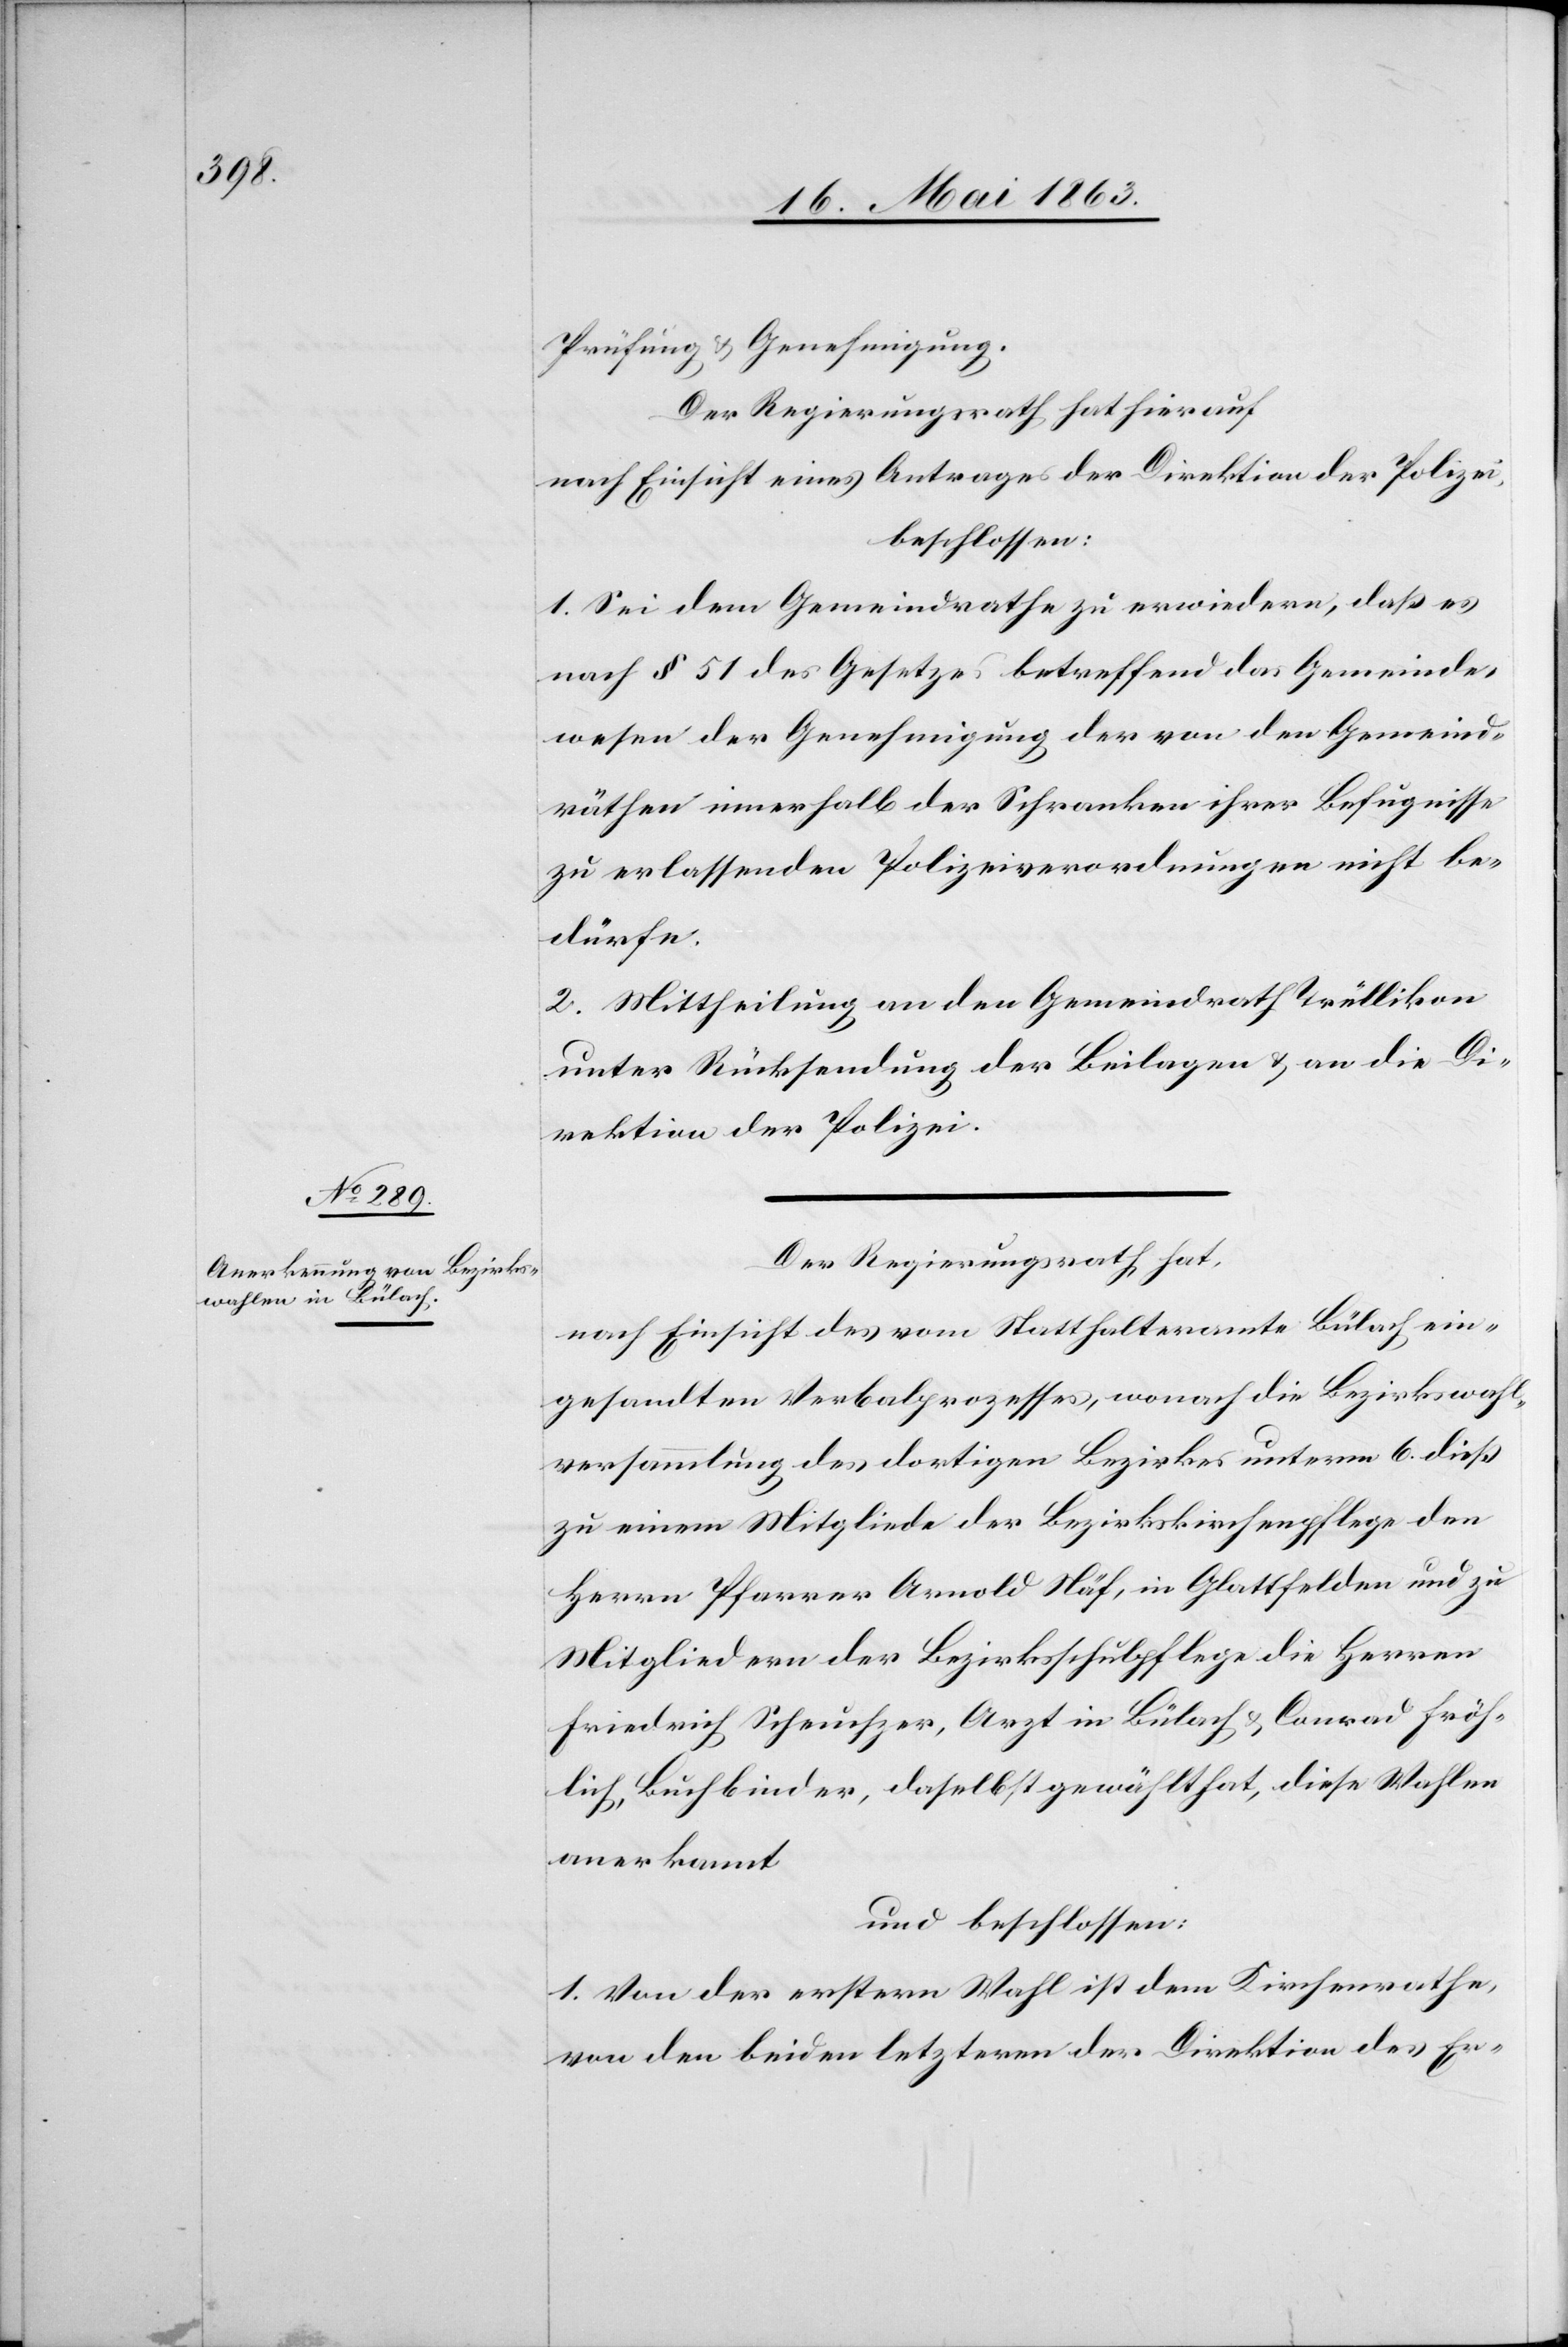
Prüfung & Genehmigung.
Der Regierungsrath hat hierauf
nach Einsicht eines Antrages der Direktion der Polizei,
beschlossen:
1. Sei dem Gemeindrathe zu erwiedern, daß es
nach § 51 des Gesetzes betreffend das Gemeinde¬
wesen der Genehmigung der von den Gemeind¬
räthen innerhalb der Schranken ihrer Befugnisse
zu erlassenden Polizeiverordnungen nicht be¬
dürfe.
2. Mittheilung an den Gemeindrath Trüllikon
unter Rücksendung der Beilagen & an die Di¬
rektion der Polizei.
Der Regierungsrath hat,
nach Einsicht des vom Statthalteramte Bülach ein¬
gesandten Verbalprozesses, wonach die Bezirkswahl¬
versammlung des dortigen Bezirkes unterm 6. dieß
zu einem Mitgliede der Bezirkskirchenpflege den
Herrn Pfarrer Arnold Näf, in Glattfelden und zu
Mitgliedern der Bezirksschulpflege die Herren
Friedrich Scheuchzer, Arzt in Bülach & Conrad Fröh¬
lich, Buchbinder, daselbst gewählt hat, diese Wahlen
anerkannt
und beschlossen:
1. Von der erstern Wahl ist dem Kirchenrathe,
von den beiden letzteren der Direktion des Er-